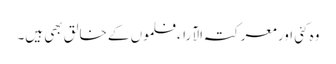
وہ کئی اور معرکتہ الآراء فلموں کے خالق بھی ہیں۔